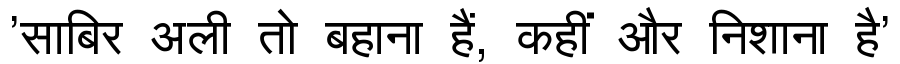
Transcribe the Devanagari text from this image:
'साबिर अली तो बहाना हैं, कहीं और निशाना है'